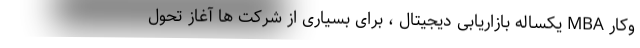
وکار MBA یکساله بازاریابی دیجیتال ، برای بسیاری از شرکت ها آغاز تحول